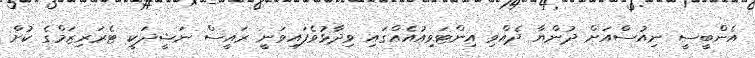
އެންބީސީ ނިއުސްއަށް ދުންޔާ ދެއްވި އިންޓަވިއުއެއްގައި ވިދާޅުވެފައިވަނީ ރައީސް ނަޝީދަކީ ޓެރަރިޒަމްގެ ކުށް